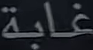
غابة